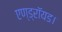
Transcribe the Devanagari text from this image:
एण्ड्रॉयड।